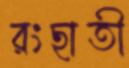
রংছাতী